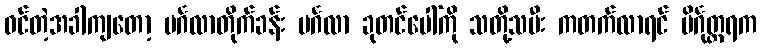
ဝင်တဲ့အခါကျတော့ မင်္ဂလာတိုက်ခန်း မင်္ဂလာ ခုတင်ပေါ်ကို သတို့သမီး ကတက်လာရင် ပိင်္ဂုတ္တရက